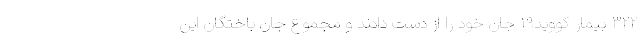
۳۲۲ بیمار کووید۱۹ جان خود را از دست دادند و مجموع جان باختگان این